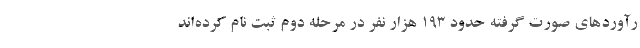
رآوردهای صورت گرفته حدود ۱۹۳ هزار نفر در مرحله دوم ثبت نام کرده‌اند